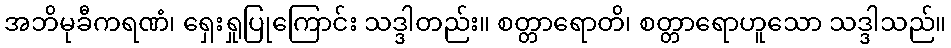
အဘိမုခီကရဏံ၊ ရှေးရှုပြုကြောင်း သဒ္ဒါတည်း။ စတ္တာရောတိ၊ စတ္တာရောဟူသော သဒ္ဒါသည်။